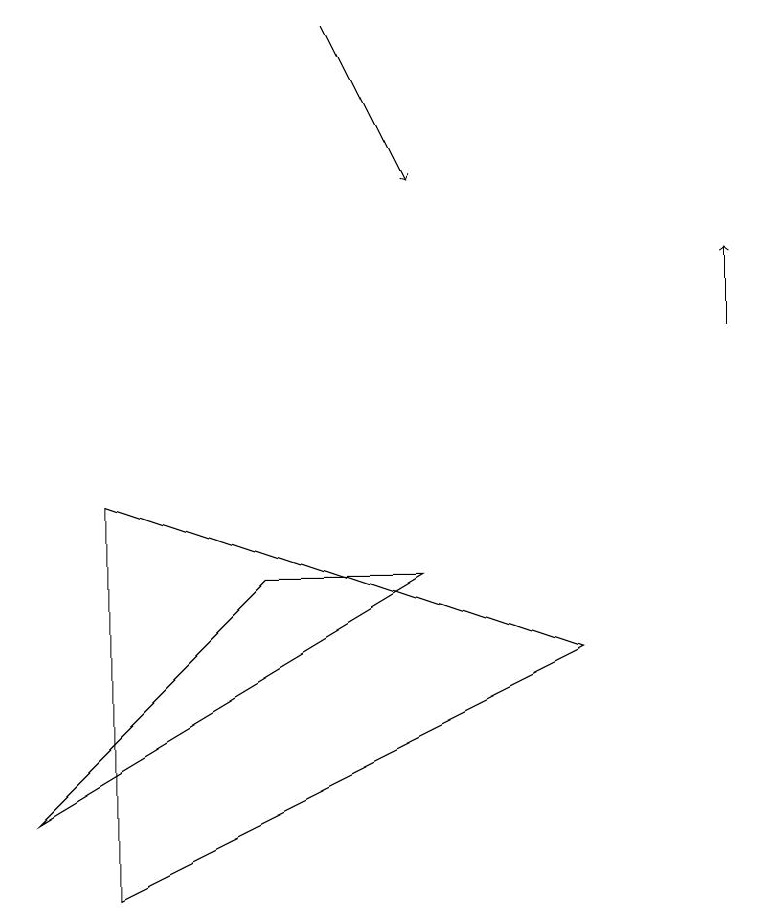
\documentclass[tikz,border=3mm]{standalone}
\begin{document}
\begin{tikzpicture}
\draw (0,5) -- (5,8) -- (3,8) -- cycle;
\draw[->] (4,15) -- (5,13);
\draw (7,7) -- (1,4) -- (1,9) -- cycle;
\draw[->] (9,11) -- (9,12);
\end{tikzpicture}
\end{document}